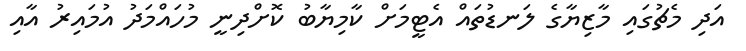
އަދި މެޗުގައި މާޒިޔާގެ ލަނޑުތައް އެޓީމަށް ކާމިޔާބު ކޮށްދިނީ މުހައްމަދު އުމައިރު އާއި